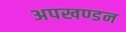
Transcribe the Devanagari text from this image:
अपखण्डन